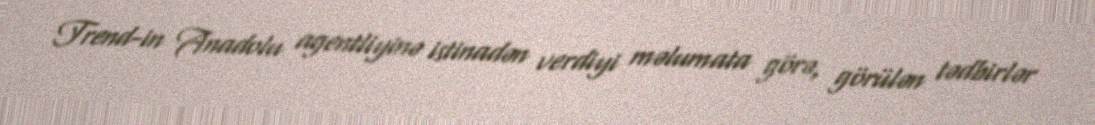
Trend-in Anadolu agentliyinə istinadən verdiyi məlumata görə, görülən tədbirlər